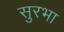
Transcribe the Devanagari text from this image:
सुरभा